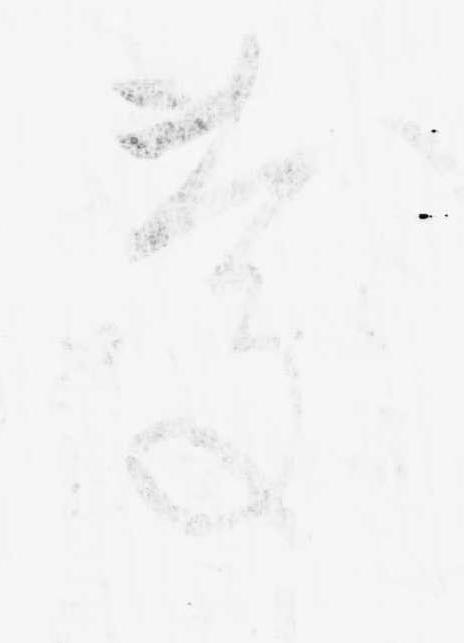
慶